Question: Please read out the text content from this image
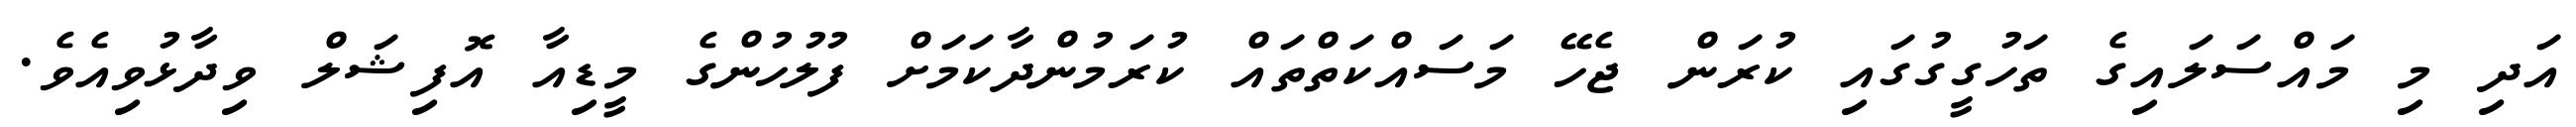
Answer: އަދި މި މައްސަލައިގެ ތަހުގީގުގައި ކުރަން ޖެހޭ މަސައްކަތްތައް ކުރަމުންދާކަމަށް ފުލުހުންގެ މީޑިއާ އޮފިޝަލް ވިދާޅުވިއެވެ.